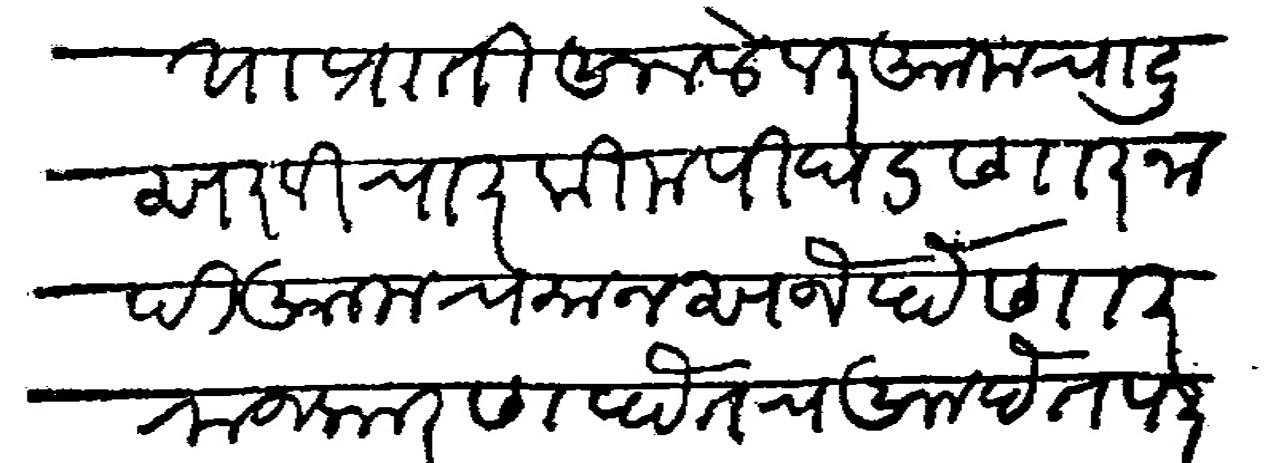
Transliteration (Devanagari): या प्रांती आलेवर आमचा दुसरा विचार किमपी घडणार नाही आमचा मानस जे होणार राजकारण होतच आहेत परंतु